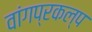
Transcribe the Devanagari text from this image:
वांगप्रकल्प